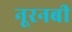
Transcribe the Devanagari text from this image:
नूरनबी